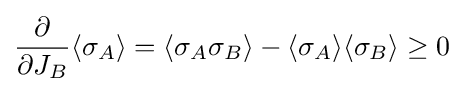
{\frac {\partial }{\partial J_{B}}}\langle \sigma _{A}\rangle =\langle \sigma _{A}\sigma _{B}\rangle -\langle \sigma _{A}\rangle \langle \sigma _{B}\rangle \geq 0